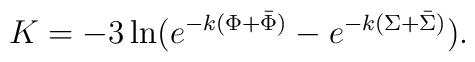
K=-3\ln ( e^{-k(\Phi+\bar\Phi)}-e^{-k(\Sigma+\bar\Sigma)}).